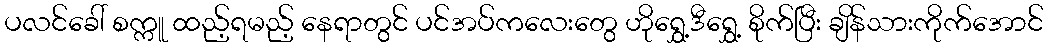
ပလင်ခေါ် စက္ကူ ထည့်ရမည့် နေရာတွင် ပင်အပ်ကလေးတွေ ဟိုရွှေ့ဒီရွှေ့ စိုက်ပြီး ချိန်သားကိုက်အောင်